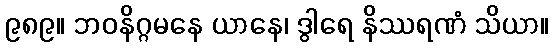
၉၈၉။ ဘဝနိဂ္ဂမနေ ယာနေ၊ ဒွါရေ နိဿရဏံ သိယာ။